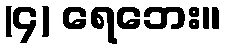
(၄) ရေဘေး။